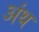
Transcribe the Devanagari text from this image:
अंथ